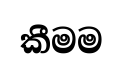
කීමම